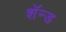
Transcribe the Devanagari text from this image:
शॅन्ड